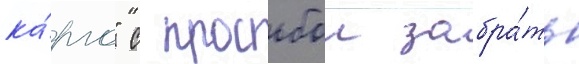
ка́рго" с просьбои забра́ть